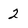
Character: 2